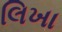
લિખા